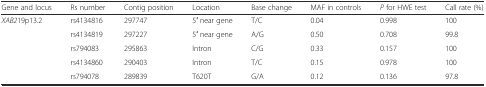
<table><thead><tr><td><b>Gene and locus</b></td><td><b>Rs number</b></td><td><b>Contig position</b></td><td><b>Location</b></td><td><b>Base change</b></td><td><b>MAF in controls</b></td><td><b><i>P</i> for HWE test</b></td><td><b>Call rate (%)</b></td></tr></thead><tbody><tr><td><i>XAB2</i>19p13.2</td><td>rs4134816</td><td>297747</td><td>5′ near gene</td><td>T/C</td><td>0.04</td><td>0.998</td><td>100</td></tr><tr><td></td><td>rs4134819</td><td>297227</td><td>5′ near gene</td><td>A/G</td><td>0.50</td><td>0.708</td><td>99.8</td></tr><tr><td></td><td>rs794083</td><td>295863</td><td>Intron</td><td>C/G</td><td>0.33</td><td>0.157</td><td>100</td></tr><tr><td></td><td>rs4134860</td><td>290403</td><td>Intron</td><td>T/C</td><td>0.15</td><td>0.978</td><td>100</td></tr><tr><td></td><td>rs794078</td><td>289839</td><td>T620T</td><td>G/A</td><td>0.12</td><td>0.136</td><td>97.8</td></tr></tbody></table>